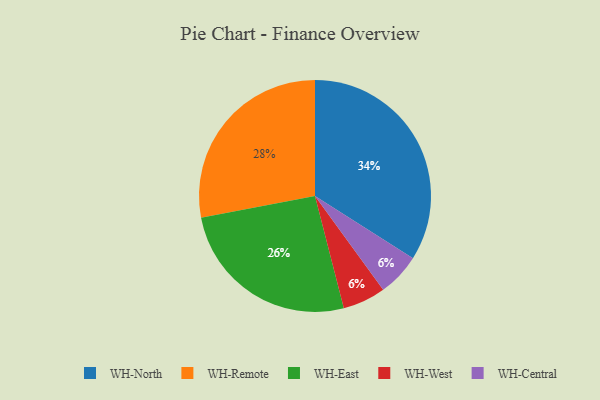
{"axis": {"x": "Category", "y": "Percentage"}, "legend": ["WH-Central", "WH-East", "WH-North", "WH-Remote", "WH-West"], "data": [{"x": "WH-West", "y": 6, "type": "WH-West"}, {"x": "WH-Remote", "y": 28, "type": "WH-Remote"}, {"x": "WH-Central", "y": 6, "type": "WH-Central"}, {"x": "WH-East", "y": 26, "type": "WH-East"}, {"x": "WH-North", "y": 34, "type": "WH-North"}]}